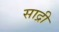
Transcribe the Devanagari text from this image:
साद्री